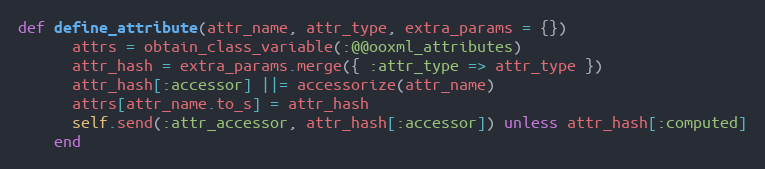
Language: Ruby
def define_attribute(attr_name, attr_type, extra_params = {})
      attrs = obtain_class_variable(:@@ooxml_attributes)
      attr_hash = extra_params.merge({ :attr_type => attr_type })
      attr_hash[:accessor] ||= accessorize(attr_name)
      attrs[attr_name.to_s] = attr_hash
      self.send(:attr_accessor, attr_hash[:accessor]) unless attr_hash[:computed]
    end